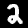
Label: 2